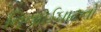
નિનાઈઘાટનો